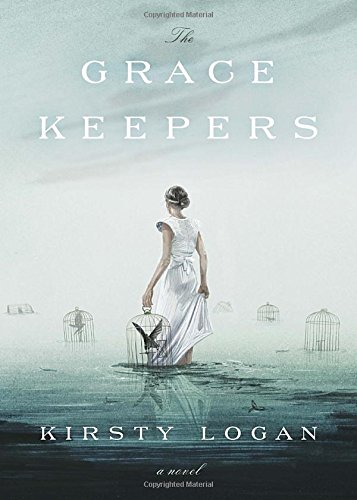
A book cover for The Gracekeepers: A Novel; Kirsty Logan; Science Fiction & Fantasy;